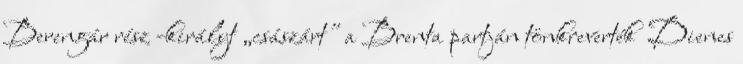
Berengár rész -királyt „császárt" a Brenta partján tönkreverték Dienes